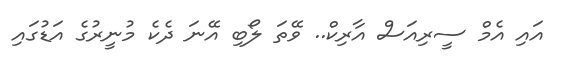
އައި އެމް ސީރިއަސް އާރިކް.. ވޭތަ ލޯބި އޭނަ ދެކެ މުނީރުގެ އަޑުގައި